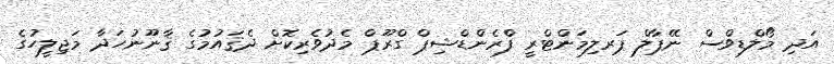
އަދި މޯލްޑިވްސް ނޭޕާލް ޕަރލިމަންޓްރީ ފްރެންޑްޝިޕް ގްރޫޕް މެދުވެރިކޮށް ދެޤައުމުގެ ޤާނޫނުހަދާ މަޖިލީހުގެ